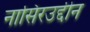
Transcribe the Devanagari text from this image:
नासिरउद्दीन